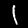
Label: 1